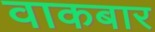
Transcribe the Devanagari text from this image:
वाकबार